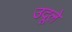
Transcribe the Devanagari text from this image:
उदूले